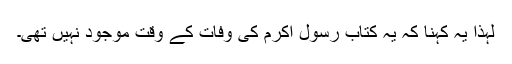
لہذا یہ کہنا کہ یہ کتاب رسول اکرم کی وفات کے وقت موجود نہیں تھی۔